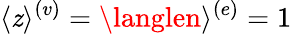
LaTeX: \langle\mathit{z}\rangle^{(v)}=\langlen\rangle^{(e)}=1